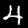
Digit: 4